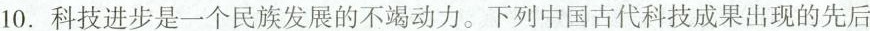
10.科技进步是一个民族发展的不竭动力。下列中国古代科技成果出现的先后